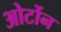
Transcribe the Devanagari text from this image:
ओर्टोन